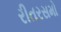
રીતરસમો